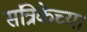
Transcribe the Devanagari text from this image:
संत्रिकेच्या